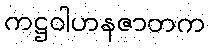
ကဋ္ဌဝါဟနဇာတက